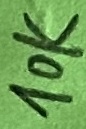
Text: 10k